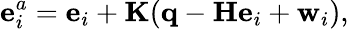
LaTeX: \mathbf{e}_{i}^{a}=\mathbf{e}_{i}+\mathbf{K}(\mathbf{q}-\mathbf{H}\mathbf{e}_{i}+\mathbf{w}_{i}),